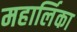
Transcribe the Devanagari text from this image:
महार्लिका